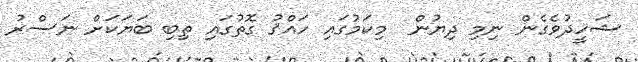
ޝަހީދުވެގެން ނިމި ދިޔުން  މިކަމުގައި ހައްޤު ގޮތުގައި ތިބި ބަޔަކަށް ނަސްރު